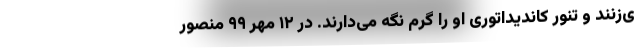
ی‌زنند و تنور کاندیداتوری او را گرم نگه می‌دارند. در ۱۲ مهر ۹۹ منصور